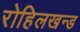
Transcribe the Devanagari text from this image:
रोहिलखन्ड